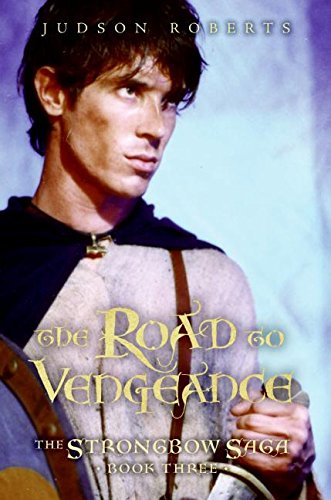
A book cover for The Road to Vengeance (The Strongbow Saga, Book 3); Judson Roberts; Teen & Young Adult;